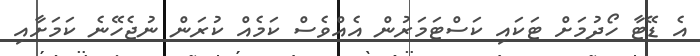
އެ ޑޭޓާ ހޯދުމަށް ޓަކައި ކަސްޓަމަރުން އެއްވެސް ކަމެއް ކުރަން ނުޖެހޭނެ ކަމަށާއި